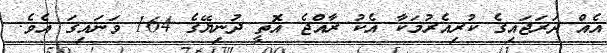
އެއް ދަރަޖައިގެ ކުރިއެރުމަކާ އެކު ރާއްޖެ އޮތީ ދުނިޔޭގެ 164 ވަނައިގަ އެވެ.